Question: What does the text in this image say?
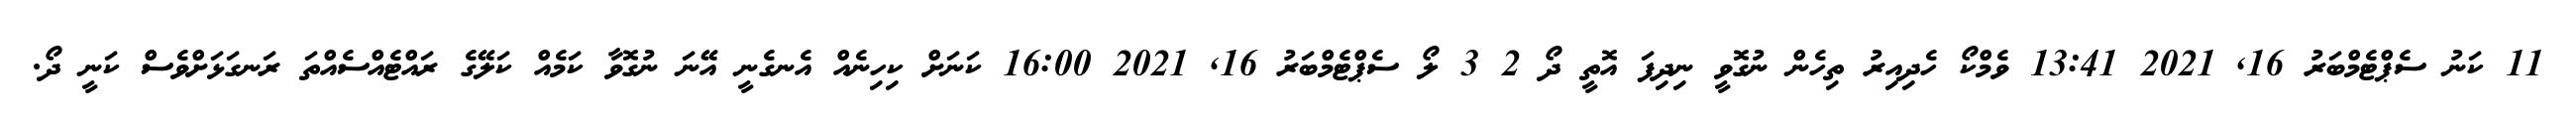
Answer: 11 ކަނު ސެޕްޓެމްބަރު 16, 2021 13:41 ވެމްކޯ ހެދިއިރު ތިހެން ނުގޮވީ ނިދިފަ އޮތީ ދޯ 2 3 ލޯ ސެޕްޓެމްބަރު 16, 2021 16:00 ކަނަށް ކިހިނެއް އެނގެނީ އޭނަ ނުގޮވާ ކަމެއް ކަލޭގެ ރައްޓެއްސެއްތަ ރަނގަޅަށްވެސް ކަނީ ދޯ.